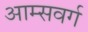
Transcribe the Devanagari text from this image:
आम्सवर्ग